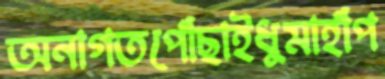
অনাগতপোঁছাইধুমাহাঁপ